Observations on rabies - Number 36
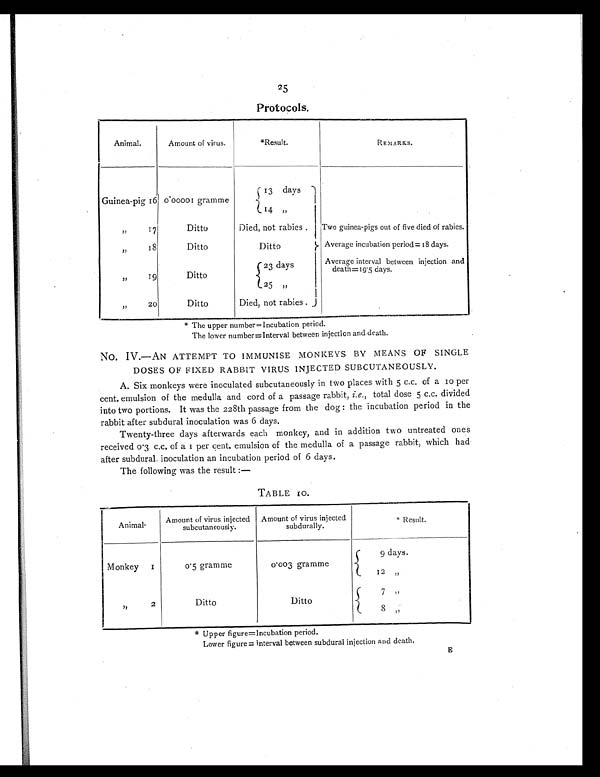
25
Protocols .
Animal.
Amount of virus.
*Result.
REMARKS.
Guinea-pig 16 0.00001 gramme
13
days
14
, ,
,,
17
Ditto
Died, not rabies
Two guinea-pigs out of five died of rabies.
,,
18
Ditto
Ditto
Average incubation period= 18 days.
,,
19
Ditto
2 3 d a y s
Average interval between injection and
death=19.5 days.
25 „
,,
20
Ditto
Died, not rabies.
* The upper number= Incubation period.
The lower number=Interval between injection and death.
No. IV.—AN ATTEMPT TO IMMUNISE MONKEYS BY MEANS OF SINGLE
DOSES OF FIXED RABBIT VIRUS INJECTED SUBCUTANEOUSLY.
A. Six monkeys were inoculated subcutaneously in two places with 5 c.c. of a 10 per
cent, emulsion of the medulla and cord of a passage rabbit, i, e., total dose 5 c.c. divided
into two portions. It was the 228th passage from the dog : the incubation period in the
rabbit after subdural inoculation was 6 days.
Twenty-three days afterwards each monkey, and in addition two untreated ones
r ecei ved 0. 3 c. c. of a 1 per cent . emul s i on of t he medul l a of a pas s age r abbi t , whi ch had
after subdural inoculation an incubation period of 6 days.
The following was the result :—
TABLE 10.
Animal.
Amount of virus injected
subcutaneously.
Amount of virus injecte
subdurally.
* R e s u l t .
Monkey 1
0. 5 gr amme
0.003 gramme
9 days.
12 „
, , 2
Ditto
Ditto
7 , ,
8 „
* U p p e r f i g u r e = I n c u b a t i o n p e r i o d .
Lower figure = Interval between subdural injection and death.
E